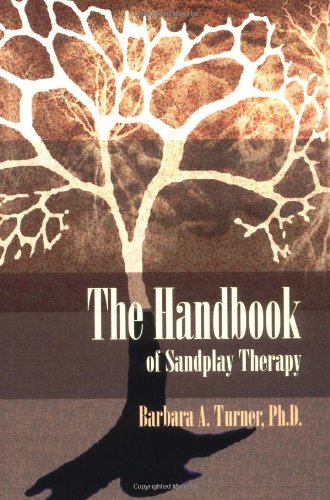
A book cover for The Handbook of Sandplay Therapy; Barbara A. Turner; Medical Books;